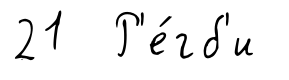
21 Р'е́гб'и